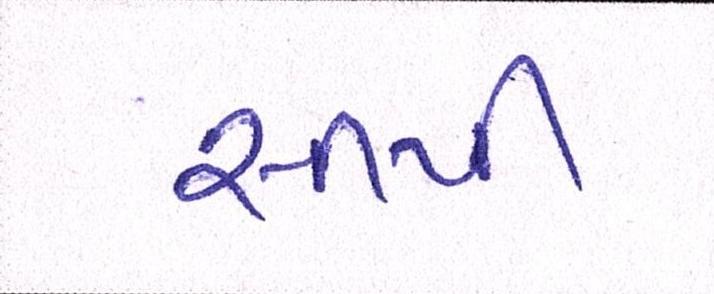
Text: સીપી